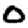
Digit: 0